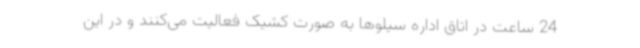
24 ساعت در اتاق اداره سیلوها به صورت کشیک فعالیت می‌کنند و در این